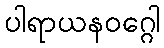
ပါရာယနဝဂ္ဂေါ